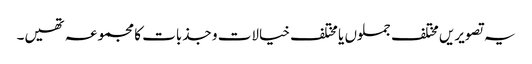
یہ تصویریں مختلف جملوں یا مختلف خیالات و جذبات کا مجموعہ تھیں۔